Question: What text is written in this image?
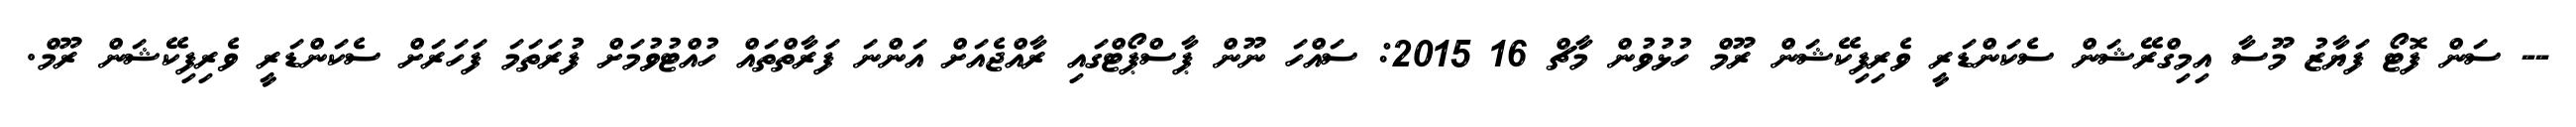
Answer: -- ސަން ފޮޓޯ ފަޔާޒު މޫސާ އިމިގްރޭޝަން ސެކަންޑަރީ ވެރިފިކޭޝަން ރޫމް ހުޅުވުން މާޗް 16 2015: ސައްހަ ނޫން ޕާސްޕޯޓްގައި ރާއްޖެއަށް އަންނަ ފަރާތްތައް ހުއްޓުވުމަށް ފުރަތަމަ ފަހަރަށް ސެކަންޑަރީ ވެރިފިކޭޝަން ރޫމް.